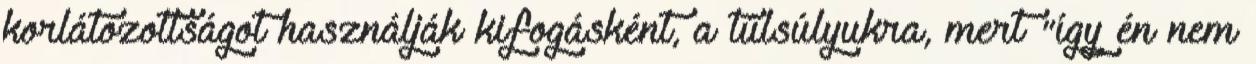
korlátozottságot használják kifogásként, a túlsúlyukra, mert "így én nem